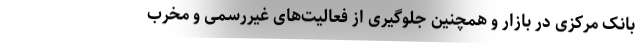
بانک مرکزی در بازار و همچنین جلوگیری از فعالیت‌های غیررسمی و مخرب